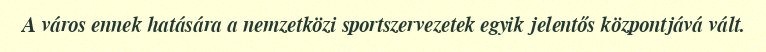
A város ennek hatására a nemzetközi sportszervezetek egyik jelentős központjává vált.